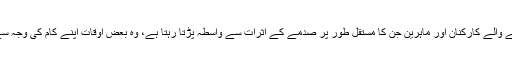
اولین سطح پر کام کرنے والے کارکنان اور ماہرین جن کا مستقل طور پر صدمے کے اثرات سے واسطہ پڑتا رہتا ہے، وہ بعض اوقات اپنے کام کی وجہ سے متاثر ہو سکتے ہیں۔